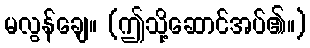
မလွန်ချေ။ (ဤသို့ဆောင်အပ်၏။)